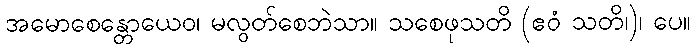
အမောစေန္တောယေဝ၊ မလွတ်စေဘဲသာ။ သစေဖုသတိ (ဧဝံ သတိ၊)၊ ပေ။